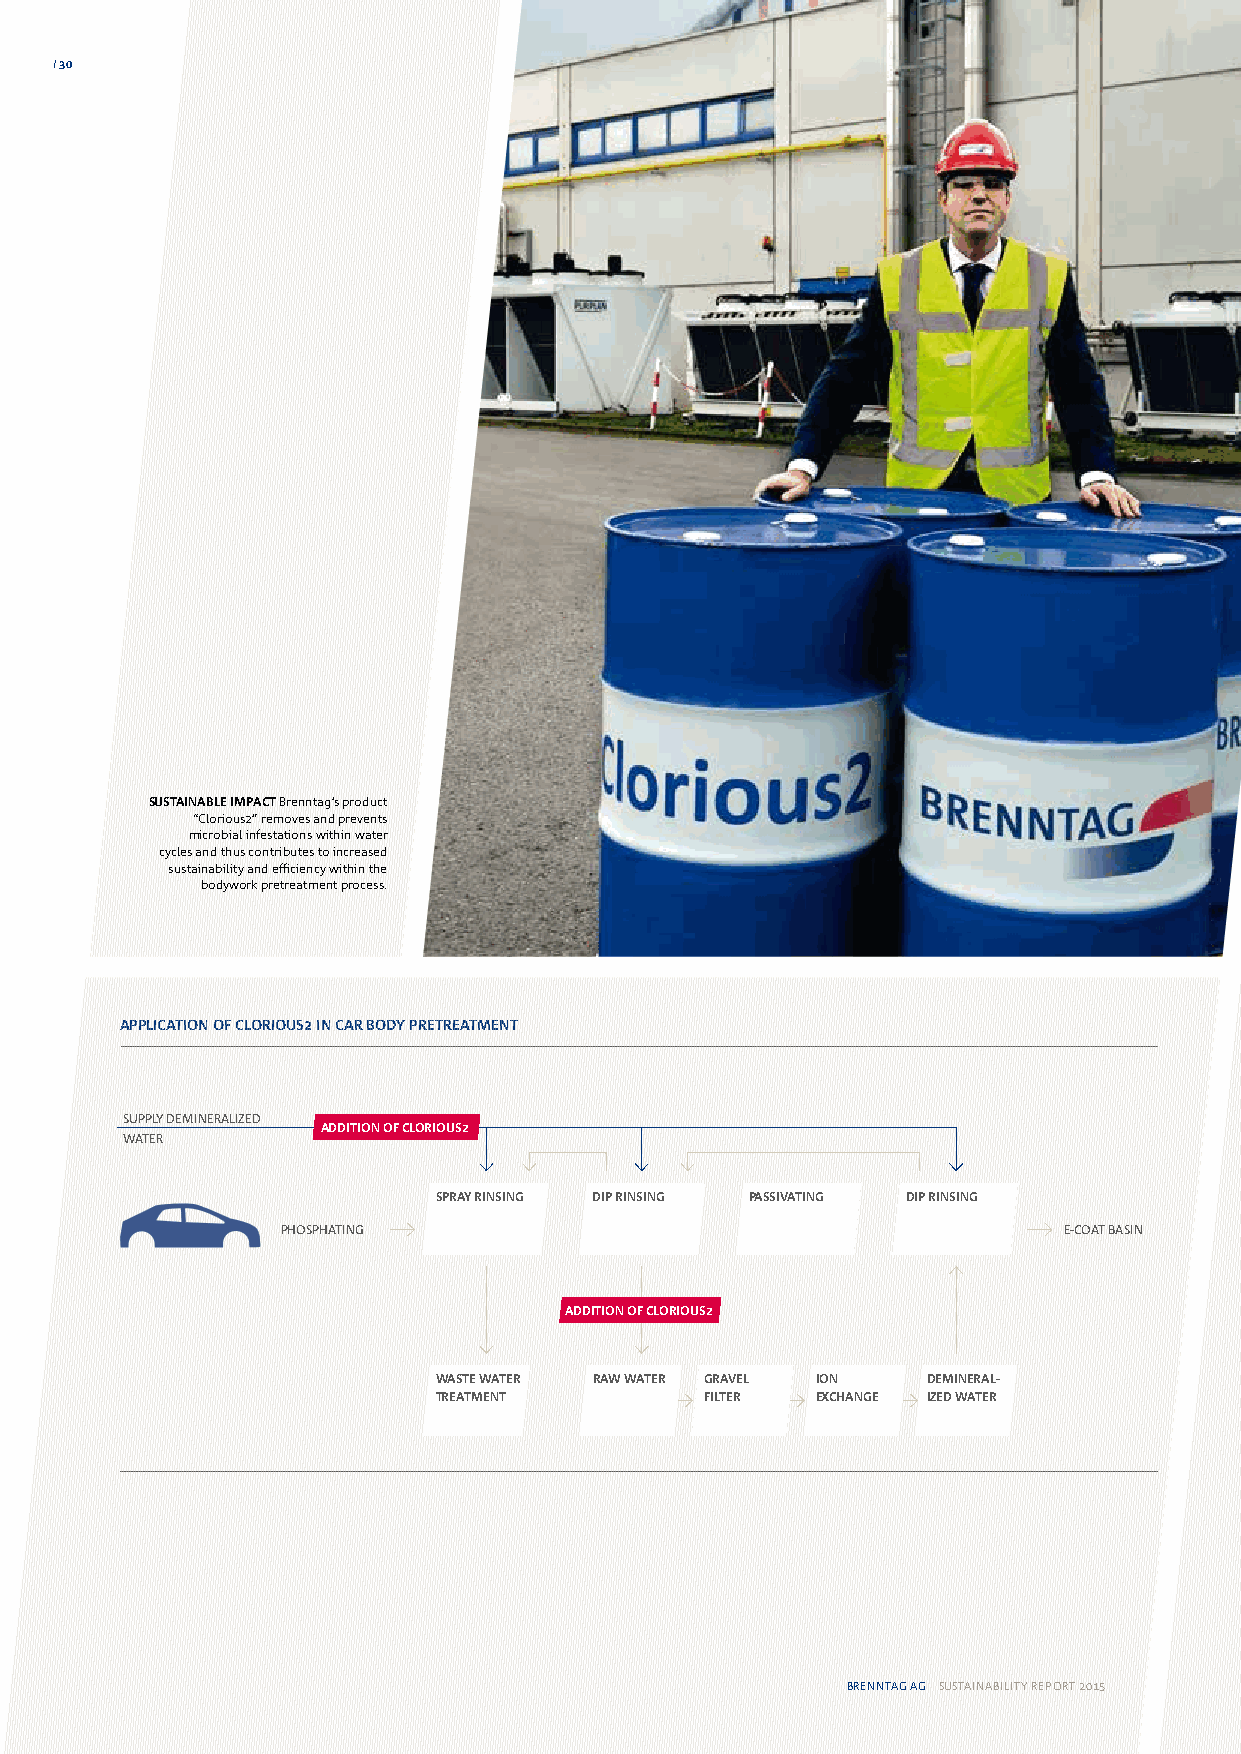
30
 SUSTAINABLE IMPACT Brenntag’s product
 “Clorious2” removes and prevents
 microbial infestations within water
 cycles and thus contributes to increased
 sustainability and efficiency within the
 bodywork pretreatment process.
 APPLICATION OF CLORIOUS2 IN CAR BODY PRETREATMENT
 SUPPLY DEMINERALIZED
 ADDITION OF CLORIOUS2
 WATER
 SPRAY RINSING DIP RINSING PASSIVATING DIP RINSING
 PHOSPHATING                                        E-COAT BASIN
 ADDITION OF CLORIOUS2
 WASTE WATER RAW WATER GRAVEL ION DEMINERAL-
 TREATMENT         FILTER EXCHANGE IZED WATER
 BRENNTAG AG SUSTAINABILITY REPORT 2015